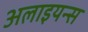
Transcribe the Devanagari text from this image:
अलाइयन्स